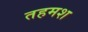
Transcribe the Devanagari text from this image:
तहमश